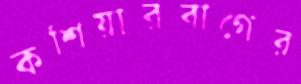
কশিয়ারবাগের